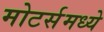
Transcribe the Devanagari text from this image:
मोटर्समध्ये